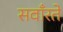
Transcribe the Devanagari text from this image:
सवाँरते